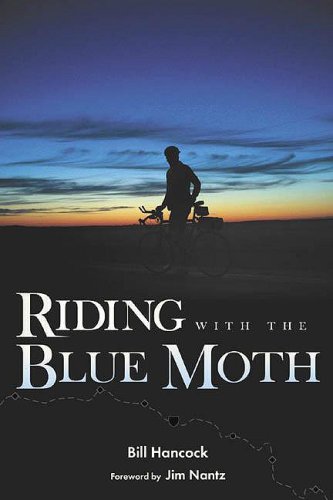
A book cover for Riding with the Blue Moth; Bill Hancock; Travel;